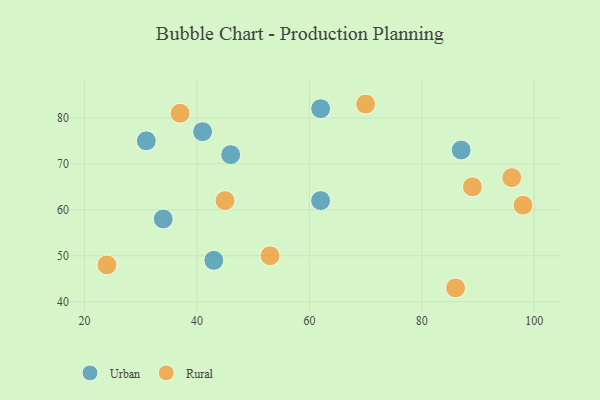
{"axis": {"x": "GDP", "y": "Life Expectancy"}, "legend": ["Rural", "Urban"], "data": [{"x": "34", "y": 58, "type": "Urban"}, {"x": "46", "y": 72, "type": "Urban"}, {"x": "62", "y": 82, "type": "Urban"}, {"x": "62", "y": 62, "type": "Urban"}, {"x": "87", "y": 73, "type": "Urban"}, {"x": "41", "y": 77, "type": "Urban"}, {"x": "31", "y": 75, "type": "Urban"}, {"x": "43", "y": 49, "type": "Urban"}, {"x": "37", "y": 81, "type": "Rural"}, {"x": "89", "y": 65, "type": "Rural"}, {"x": "98", "y": 61, "type": "Rural"}, {"x": "70", "y": 83, "type": "Rural"}, {"x": "86", "y": 43, "type": "Rural"}, {"x": "96", "y": 67, "type": "Rural"}, {"x": "53", "y": 50, "type": "Rural"}, {"x": "45", "y": 62, "type": "Rural"}, {"x": "24", "y": 48, "type": "Rural"}]}